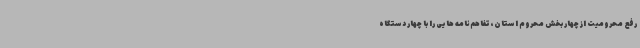
رفع محرومیت از چهار بخش محروم استان، تفاهم‌نامه هایی را با چهار دستگاه